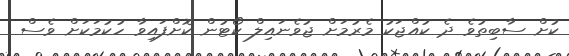
ކުށް ސާބިތުވެ ދެ ކުއްޖަކު މެރުމަށް ޖުވެނައިލް ކޯޓުން ކޮށްފައިވާ ހުކުމަކަށް ވެސް